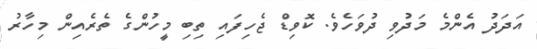
އަދަދު އެންމެ މަދުވި ދުވަހެވެ. ކޮވިޑް ޖެހިފައި ތިބި މީހުންގެ ތެރެއިން މިހާރު